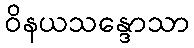
ဝိနယသန္ဒောသာ